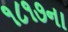
૧૮૧૭ના